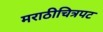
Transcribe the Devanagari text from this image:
मराठीचित्रपट